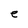
Character: e